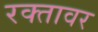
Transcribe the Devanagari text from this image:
रक्तावर